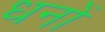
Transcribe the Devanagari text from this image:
धनों